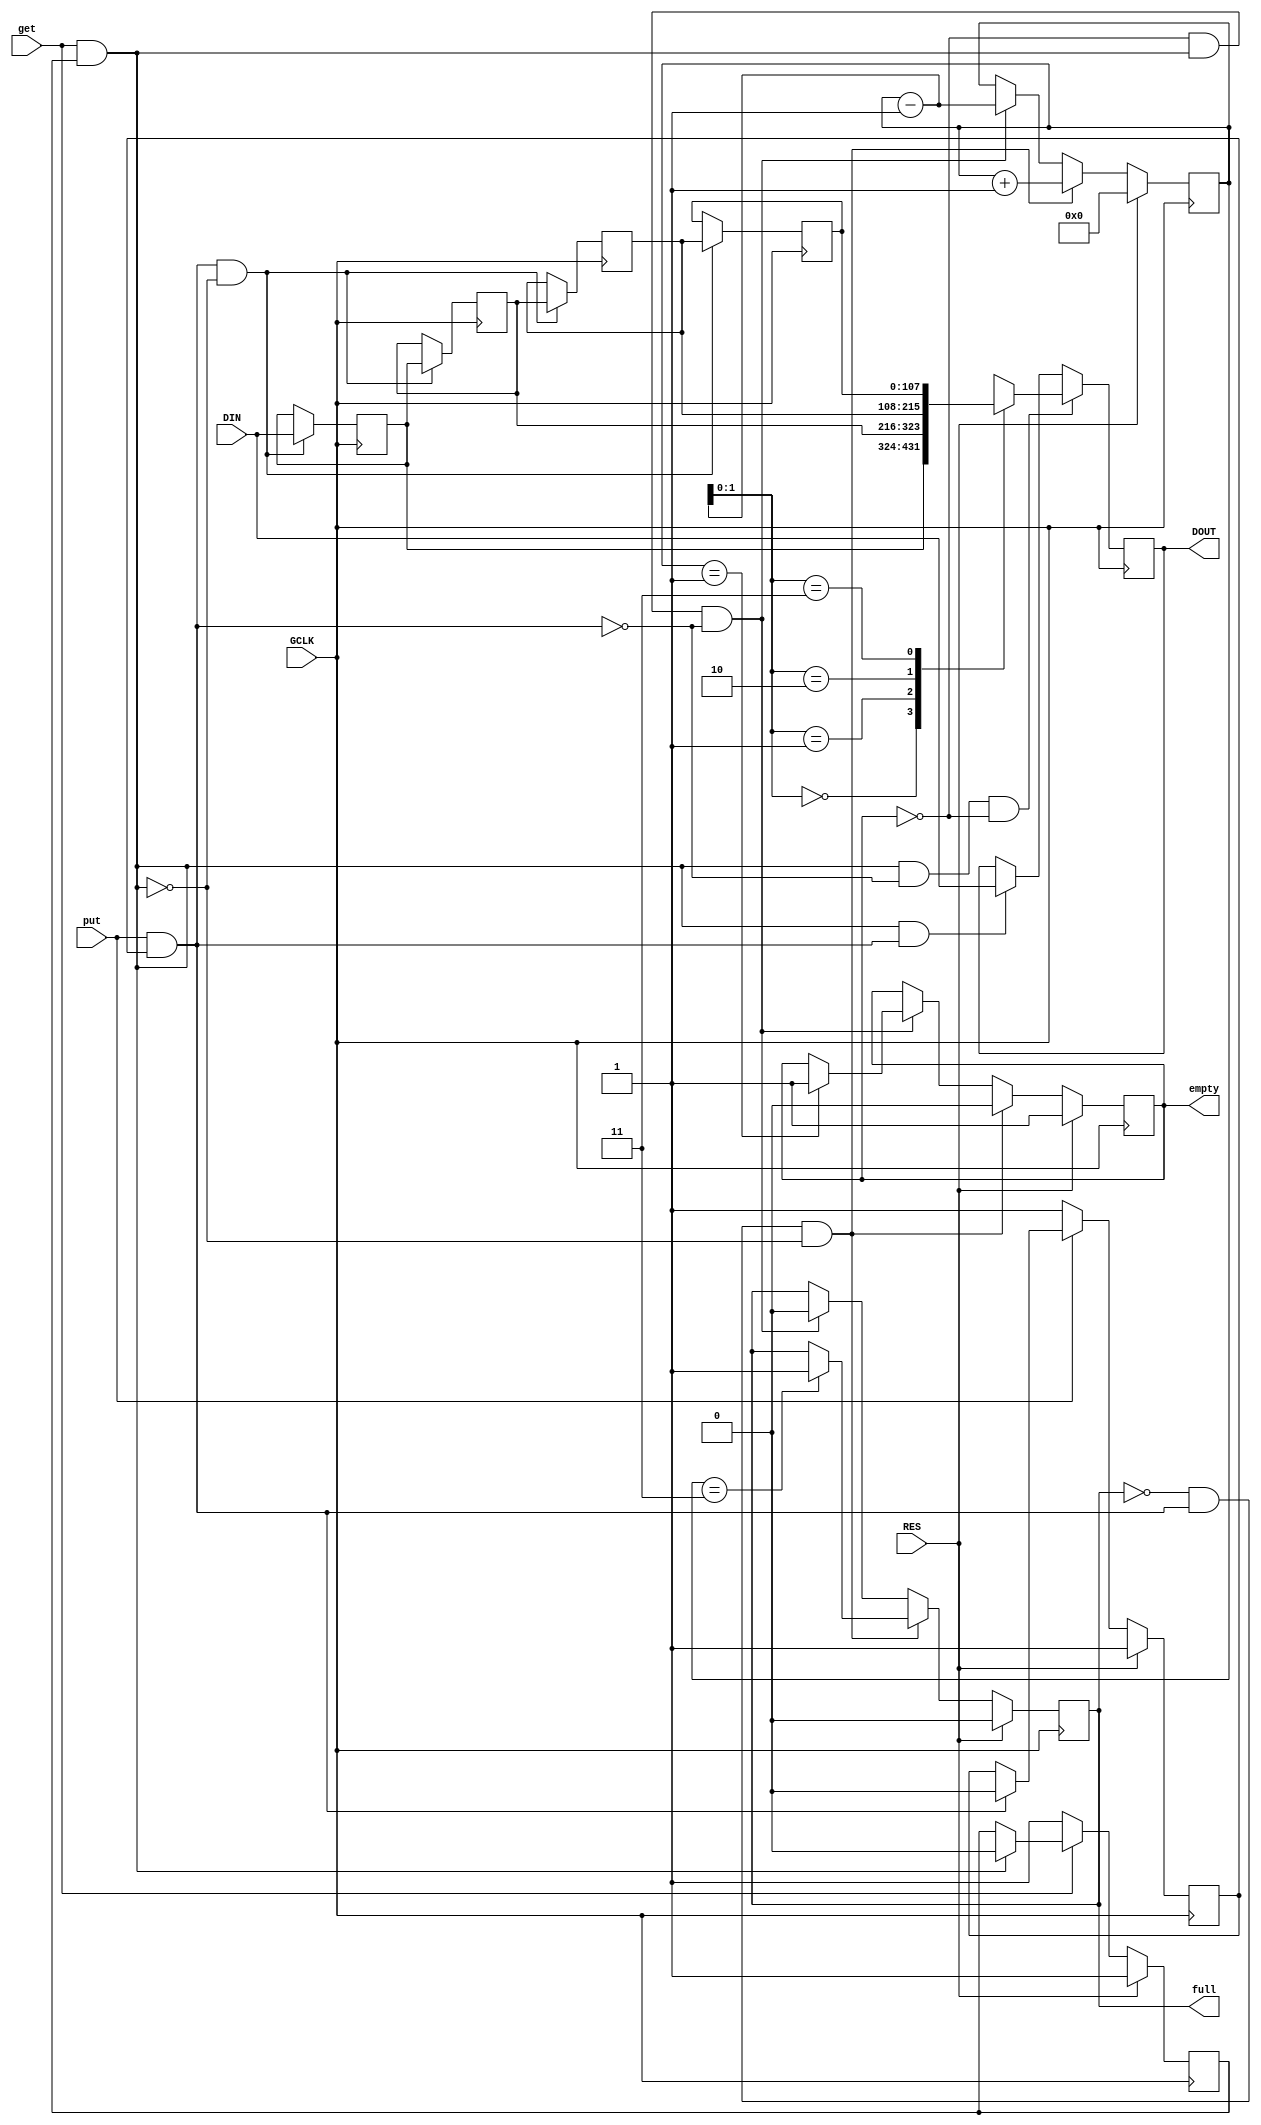
`timescale 1ns / 1ps
//////////////////////////////////////////////////////////////////////////////////
// Company: 
// Engineer: 
// 
// Design Name: 
// Module Name: queue
// Project Name: 
// Target Devices: 
// Tool Versions: 
// Description: 
// 
// Dependencies: 
// 
// Revision:
// Revision 0.01 - File Created
// Additional Comments:
// 
//////////////////////////////////////////////////////////////////////////////////


module queue #
    (
    parameter integer WIDTH = 108,
    parameter integer LENGTH = 4
    )
    (
    input wire GCLK,
    input wire RES,
    input wire get,
    input wire put,
    output reg full = 1'b0,
    output reg empty = 1'b1,
    input wire [WIDTH-1:0] DIN,
    output reg [WIDTH-1:0] DOUT
    );
    
    reg [WIDTH-1:0] q[0:LENGTH-1];
    reg [63:0] head = 64'd0; // Number of stored elements
    
    reg get_release = 1'b1;
    reg put_release = 1'b1;
    
    wire to_get;
    wire to_put;
    assign to_get = get & get_release;
    assign to_put = put & put_release;

    // Block get/put if not returned to zero
    always @(posedge GCLK) begin
        if (RES == 1'b1) begin
            get_release <= 1'b1;
        end
        else if (get == 1'b0) begin
            get_release <= 1'b1;
        end
        else if (to_get == 1'b1) begin
            get_release <= 1'b0;
        end
        
        if (RES == 1'b1) begin
            put_release <= 1'b1;
        end
        else if (put == 1'b0) begin
            put_release <= 1'b1;
        end
        else if (to_put == 1'b1) begin
            put_release <= 1'b0;
        end
    end

    // Queue
    integer i = 0;
    always @(posedge GCLK) begin
        if (to_put & !to_get) begin
            for (i = LENGTH - 1; i > 0; i = i - 1) begin
                q[i] <= q[i - 1];
            end
            q[0] <= DIN;
        end
        
        if (to_get &  !to_put & !empty) begin
            DOUT <= q[head - 64'd1];
        end
        else if (to_get & to_put) begin
            DOUT <= DIN;
        end
    end
    
    // HEAD pointer, Full/Empty circuits
    always @(posedge GCLK) begin
        if (RES == 1'b1) begin
            head <= 64'd0;
            full <= 1'b0;
            empty <= 1'b1;
        end
        else if (!full & to_put & !to_get) begin
            head <= head + 64'd1;
            empty <= 1'b0; // Now not empty for sure
            // head will be LENGTH by the end of this clock
            if (head == LENGTH - 1) begin
                full <= 1'b1;
            end
        end
        else if (!empty & to_get & !to_put) begin
            head <= head - 64'd1;
            full <= 1'b0; // Now not full for sure
            // head will be 0 by the end of this clock
            if (head == 64'd1) begin
                empty <= 1'b1;
            end
        end
        else begin
            head <= head;
            full <= full;
            empty <= empty;
        end
    end
    
    
endmodule